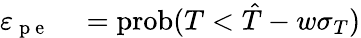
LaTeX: \begin{array}{rl}{\varepsilon_{\mathrm{~p~e~}}}&{{}=\mathrm{prob}(T<\hat{T}-w\sigma_{T})}\end{array}